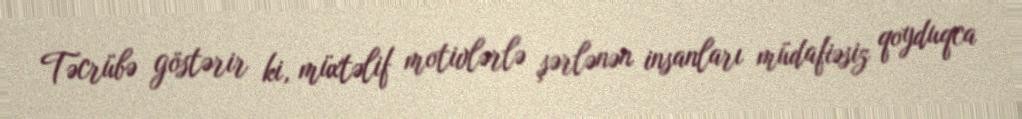
Təcrübə göstərir ki, müxtəlif motivlərlə şərlənən insanları müdafiəsiz qoyduqca